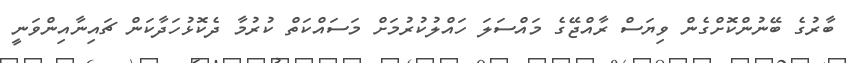
ބާރުގެ ބޭނުންކޮށްގެން ވިޔަސް ރާއްޖޭގެ މައްސަލަ ހައްލުކުރުމަށް މަސައްކަތް ކުރުމާ ދެކޮޅުހަދާކަން ޗައިނާއިންވަނީ